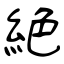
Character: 絶